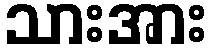
သားအား